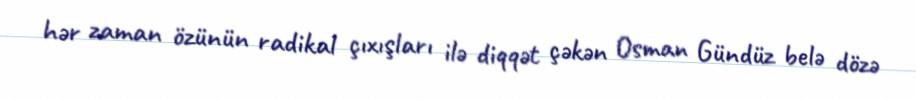
hər zaman özünün radikal çıxışları ilə diqqət çəkən Osman Gündüz belə dözə